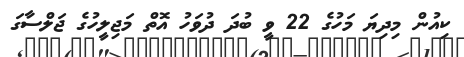
ކިއުން މިދިޔަ މަހުގެ 22 ވީ ބުދަ ދުވަހު އޮތް މަޖިލީހުގެ ޖަލްސާގަ